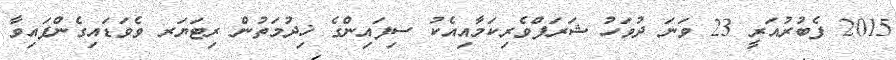
2015 ފެބުރުއަރީ 23 ވަނަ ދުވަހު ޝަރަފްވެރިކަމާއިއެކު ސިފައިންގެ ޚިދުމަތުން ރިޓަޔަރ ވެވަޑައިގެންފައިވާ